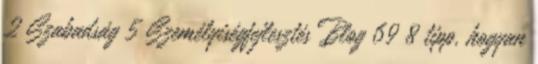
2 Szabadság 5 Személyiségfejlesztés Blog 69 8 tipp, hogyan